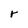
Character: r